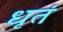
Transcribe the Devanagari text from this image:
धृतं